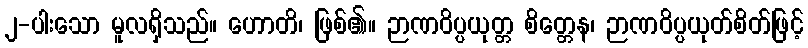
၂-ပါးသော မူလရှိသည်။ ဟောတိ၊ ဖြစ်၏။ ဉာဏဝိပ္ပယုတ္တ စိတ္တေန၊ ဉာဏဝိပ္ပယုတ်စိတ်ဖြင့်